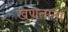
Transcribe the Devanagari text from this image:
खणताना